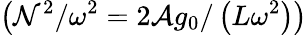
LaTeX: \left(\mathcal{N}^{2}/\omega^{2}=2\mathcal{{A}}g_{0}/\left(L\omega^{2}\right)\right)